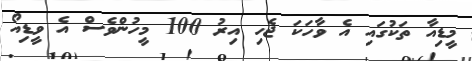
މީޑިއާ ތަކުގައި އެ ވާހަކަ ޖެހި އިރު 100 މީހުންވެސް އެ ވީޑިއޯ